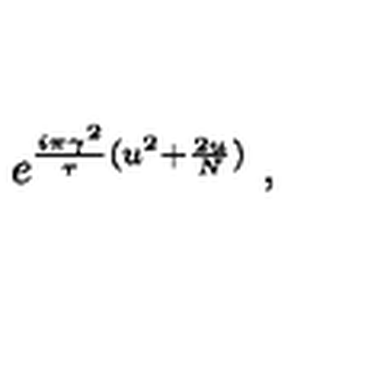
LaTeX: e ^ { { \frac { i \pi \gamma ^ { 2 } } { \tau } } ( u ^ { 2 } + { \frac { 2 u } { N } } ) } \ ,